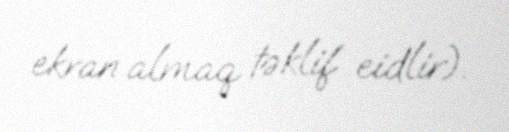
ekran almaq təklif eidlir).